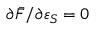
\partial \bar { F } / \partial \varepsilon _ { S } = 0